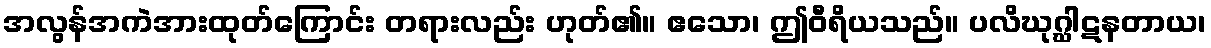
အလွန်အကဲအားထုတ်ကြောင်း တရားလည်း ဟုတ်၏။ ဧသော၊ ဤဝီရိယသည်။ ပလိဃုဂ္ဃါဋနတာယ၊